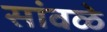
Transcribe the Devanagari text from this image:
सांवळे